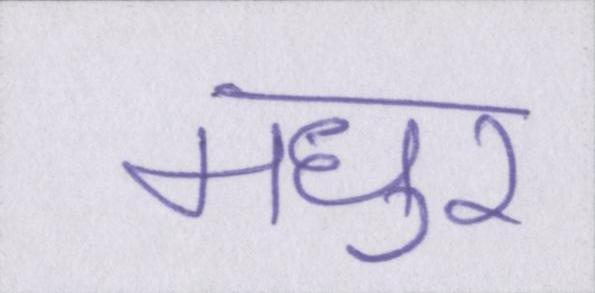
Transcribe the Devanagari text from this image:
मधुर